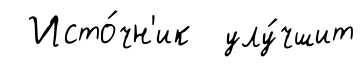
Исто́чн'ик улу́чшит